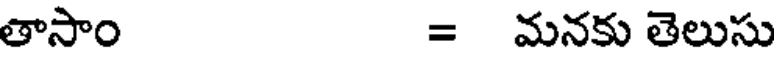
తాసాం = మనకు తెలుసు